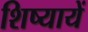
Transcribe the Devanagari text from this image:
शिष्यायें